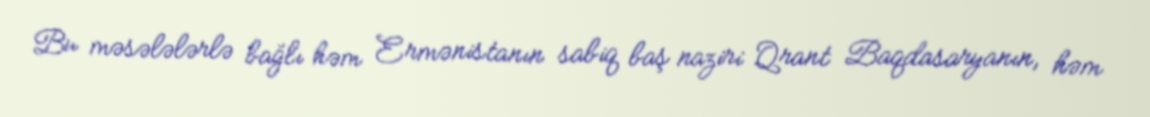
Bu məsələlərlə bağlı həm Ermənistanın sabiq baş naziri Qrant Baqdasaryanın, həm